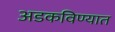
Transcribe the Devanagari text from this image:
अडकविण्यात